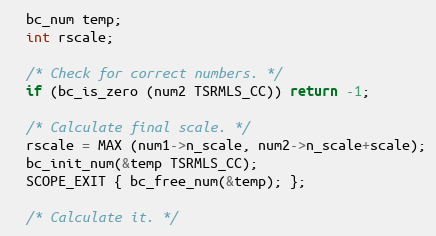
Language: C++
  bc_num temp;
  int rscale;

  /* Check for correct numbers. */
  if (bc_is_zero (num2 TSRMLS_CC)) return -1;

  /* Calculate final scale. */
  rscale = MAX (num1->n_scale, num2->n_scale+scale);
  bc_init_num(&temp TSRMLS_CC);
  SCOPE_EXIT { bc_free_num(&temp); };

  /* Calculate it. */